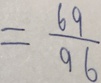
= \frac { 6 9 } { 9 6 }